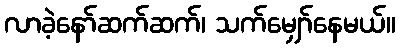
လာခဲ့နော်ဆက်ဆက်၊ သက်မျှော်နေမယ်။